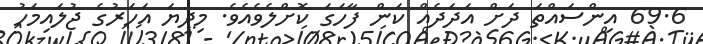
69.6 އިންސައްތަ ދަށް އަދަދެއް ކަން ފާހަގަ ކޮށްލެވެއެވެ. މިދިޔަ އަހަރުގެ ޖުލައިމަހު